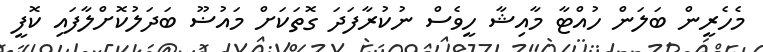
މެހެރީން ބަލަން ހުއްޓާ މާއިޝާ ހީވެސް ނުކުރާފަދަ ގޮތަކަށް މައުޟޫ ބަދަލުކޮށްލާފައި ކޮފީ